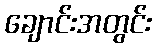
ချောင်းအတွင်း